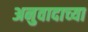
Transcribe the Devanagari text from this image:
अनुवादाच्‍या